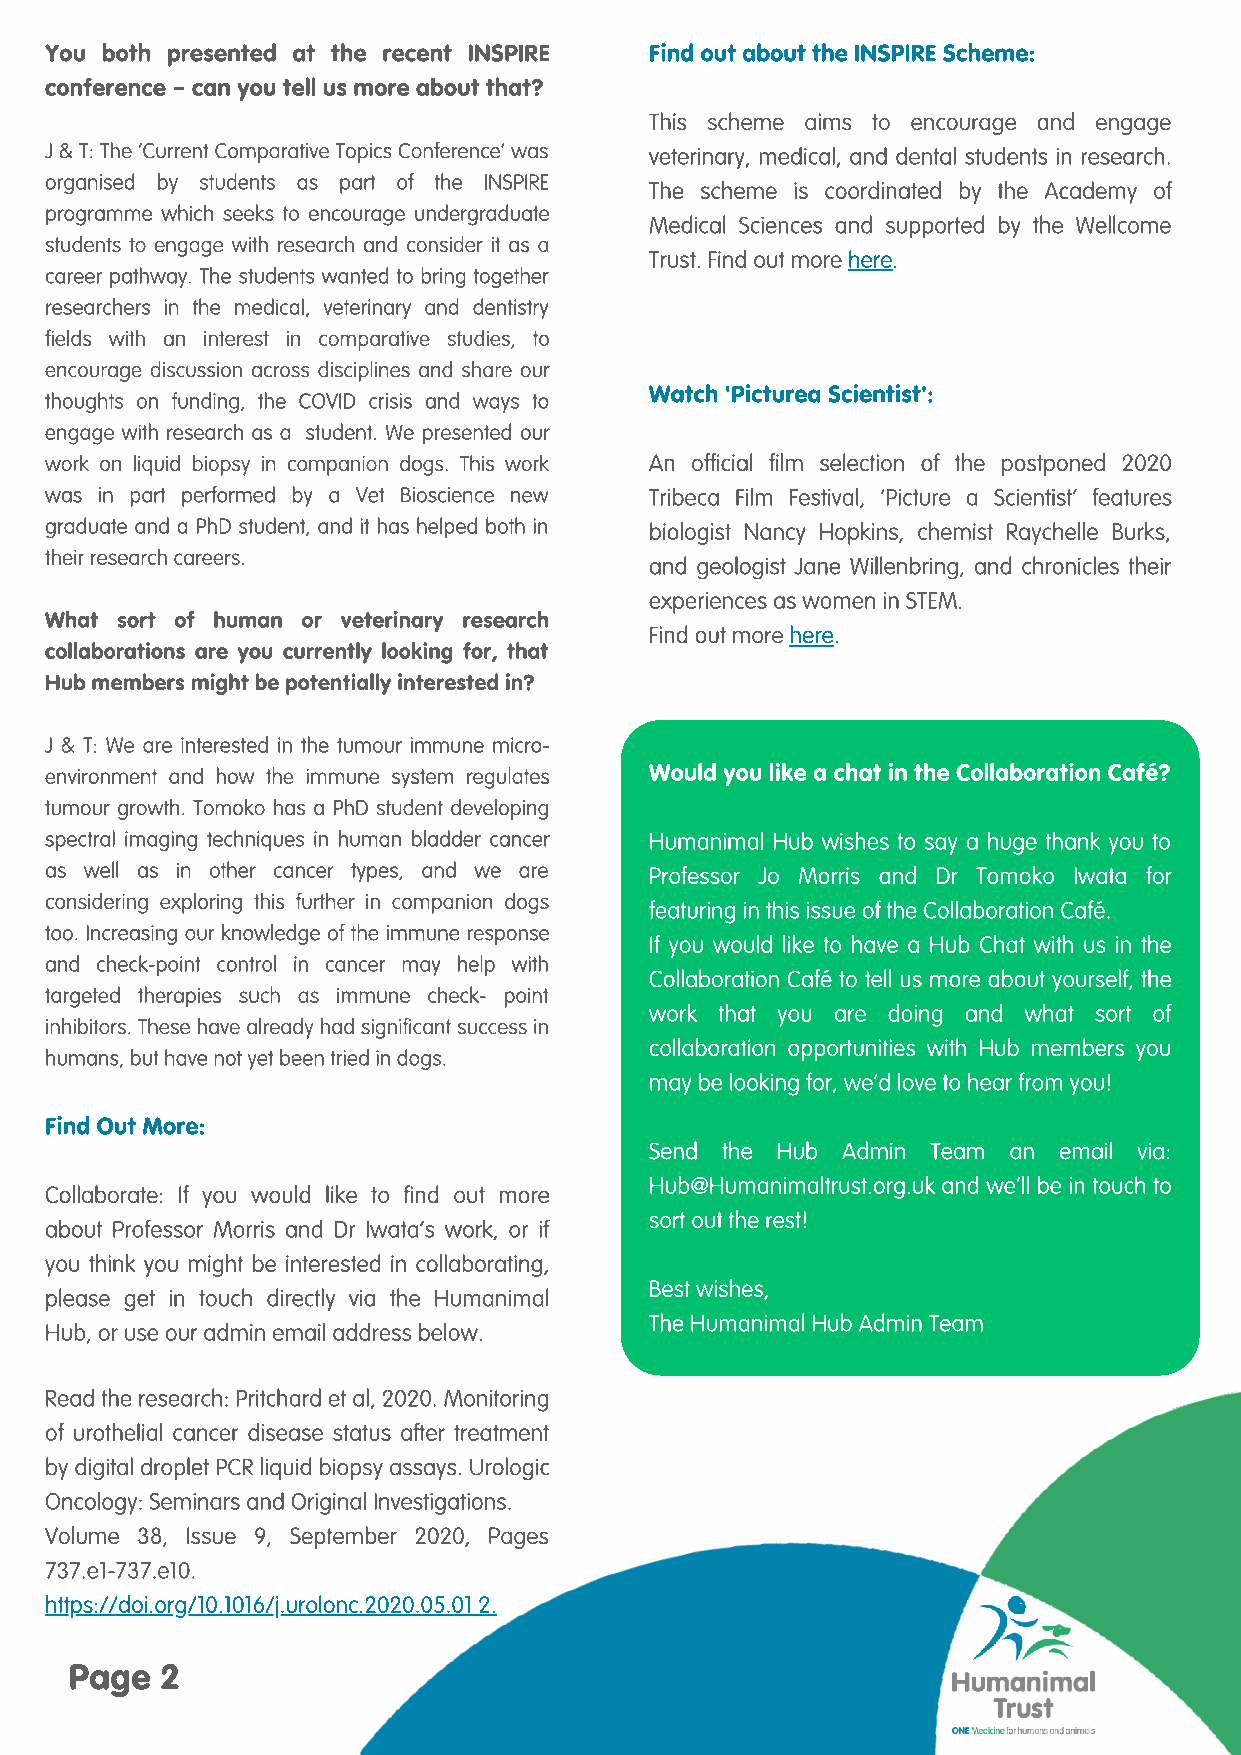
You both presented at the recent INSPIRE Find out about the INSPIRE Scheme:
 conference – can you tell us more about that?
 This scheme aims to encourage and engage
 J & T: The ‘Current Comparative Topics Conference’ was veterinary, medical, and dental students in research.
 organised by students as part of the INSPIRE
 The scheme is coordinated by the Academy of
 programme which seeks to encourage undergraduate
 Medical Sciences and supported by the Wellcome
 students to engage with research and consider it as a
 Trust. Find out more here.
 career pathway. The students wanted to bring together
 researchers in the medical, veterinary and dentistry
 fields with an interest in comparative studies, to
 encourage discussion across disciplines and share our
 Watch 'Picturea Scientist':
 thoughts on funding, the COVID crisis and ways to
 engage with research as a student. We presented our
 work on liquid biopsy in companion dogs. This work An official film selection of the postponed 2020
 was in part performed by a Vet Bioscience new Tribeca Film Festival, ‘Picture a Scientist’ features
 graduate and a PhD student, and it has helped both in biologist Nancy Hopkins, chemist Raychelle Burks,
 their research careers.
 and geologist Jane Willenbring, and chronicles their
 experiences as women in STEM.
 What sort of human or veterinary research
 Find out more here.
 collaborations are you currently looking for, that
 Hub members might be potentially interested in?
 J & T: We are interested in the tumour immune micro-
 environment and how the immune system regulates Would you like a chat in the Collaboration Café?
 tumour growth. Tomoko has a PhD student developing
 spectral imaging techniques in human bladder cancer Humanimal Hub wishes to say a huge thank you to
 as well as in other cancer types, and we are Professor Jo Morris and Dr Tomoko Iwata for
 considering exploring this further in companion dogs
 featuring in this issue of the Collaboration Café.
 too. Increasing our knowledge of the immune response
 If you would like to have a Hub Chat with us in the
 and check-point control in cancer may help with
 Collaboration Café to tell us more about yourself, the
 targeted therapies such as immune check- point
 work that you are doing and what sort of
 inhibitors. These have already had significant success in
 collaboration opportunities with Hub members you
 humans, but have not yet been tried in dogs.
 may be looking for, we’d love to hear from you!
 Find Out More:
 Send the Hub Admin Team an email via:
 Hub@Humanimaltrust.org.uk and we’ll be in touch to
 Collaborate: If you would like to find out more
 sort out the rest!
 about Professor Morris and Dr Iwata’s work, or if
 you think you might be interested in collaborating,
 Best wishes,
 please get in touch directly via the Humanimal
 The Humanimal Hub Admin Team
 Hub, or use our admin email address below.
 Read the research: Pritchard et al, 2020. Monitoring
 of urothelial cancer disease status after treatment
 by digital droplet PCR liquid biopsy assays. Urologic
 Oncology: Seminars and Original Investigations.
 Volume 38, Issue 9, September 2020, Pages
 737.e1-737.e10.
 https://doi.org/10.1016/j.urolonc.2020.05.01 2.
 Page  2